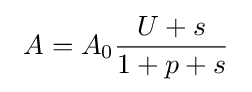
~A=A_{0}{\frac {U+s}{1+p+s}}~